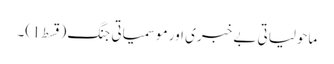
ماحولیاتی بے خبری اور موسمیاتی جنگ (قسط1)۔